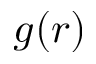
g ( r )